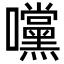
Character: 𭍀